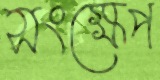
সংক্ষেপ